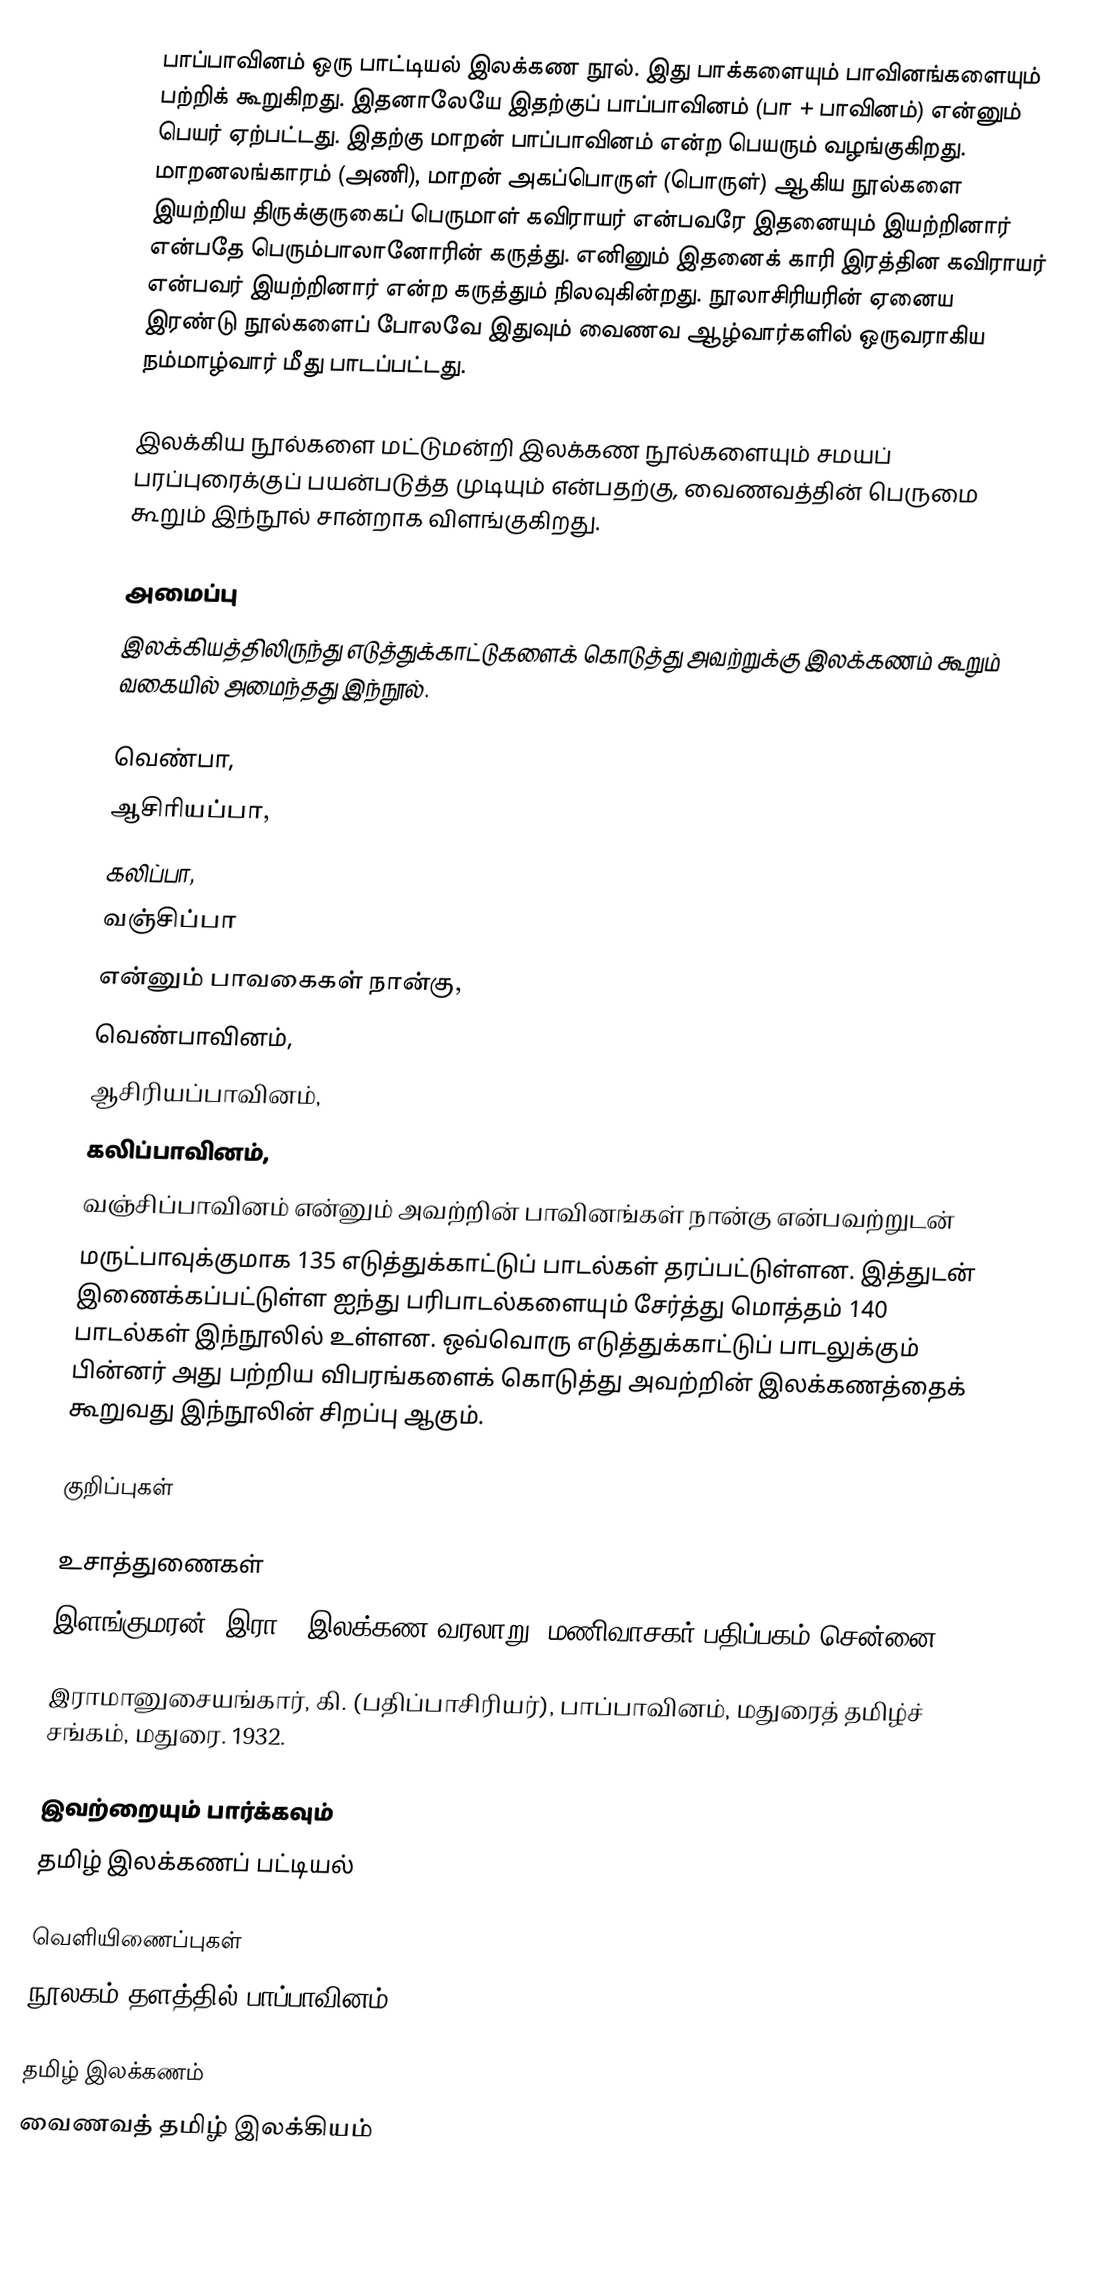
பாப்பாவினம் ஒரு பாட்டியல் இலக்கண நூல். இது பாக்களையும் பாவினங்களையும் பற்றிக் கூறுகிறது. இதனாலேயே இதற்குப் பாப்பாவினம் (பா + பாவினம்) என்னும் பெயர் ஏற்பட்டது. இதற்கு மாறன் பாப்பாவினம் என்ற பெயரும் வழங்குகிறது. மாறனலங்காரம் (அணி), மாறன் அகப்பொருள் (பொருள்) ஆகிய நூல்களை இயற்றிய திருக்குருகைப் பெருமாள் கவிராயர் என்பவரே இதனையும் இயற்றினார் என்பதே பெரும்பாலானோரின் கருத்து. எனினும் இதனைக் காரி இரத்தின கவிராயர் என்பவர் இயற்றினார் என்ற கருத்தும் நிலவுகின்றது. நூலாசிரியரின் ஏனைய இரண்டு நூல்களைப் போலவே இதுவும் வைணவ ஆழ்வார்களில் ஒருவராகிய நம்மாழ்வார் மீது பாடப்பட்டது.

இலக்கிய நூல்களை மட்டுமன்றி இலக்கண நூல்களையும் சமயப் பரப்புரைக்குப் பயன்படுத்த முடியும் என்பதற்கு, வைணவத்தின் பெருமை கூறும் இந்நூல் சான்றாக விளங்குகிறது.

அமைப்பு
இலக்கியத்திலிருந்து எடுத்துக்காட்டுகளைக் கொடுத்து அவற்றுக்கு இலக்கணம் கூறும் வகையில் அமைந்தது இந்நூல்.

 வெண்பா,
 ஆசிரியப்பா,
 கலிப்பா,
 வஞ்சிப்பா
என்னும் பாவகைகள் நான்கு,
 வெண்பாவினம்,
 ஆசிரியப்பாவினம்,
 கலிப்பாவினம்,
 வஞ்சிப்பாவினம் என்னும் அவற்றின் பாவினங்கள் நான்கு என்பவற்றுடன்
 மருட்பாவுக்குமாக 135 எடுத்துக்காட்டுப் பாடல்கள் தரப்பட்டுள்ளன. இத்துடன் இணைக்கப்பட்டுள்ள ஐந்து பரிபாடல்களையும் சேர்த்து மொத்தம் 140 பாடல்கள் இந்நூலில் உள்ளன. ஒவ்வொரு எடுத்துக்காட்டுப் பாடலுக்கும் பின்னர் அது பற்றிய விபரங்களைக் கொடுத்து அவற்றின் இலக்கணத்தைக் கூறுவது இந்நூலின் சிறப்பு ஆகும்.

குறிப்புகள்

உசாத்துணைகள்
 இளங்குமரன், இரா., இலக்கண வரலாறு, மணிவாசகர் பதிப்பகம் சென்னை, 2009.
 இராமானுசையங்கார், கி. (பதிப்பாசிரியர்), பாப்பாவினம், மதுரைத் தமிழ்ச் சங்கம், மதுரை. 1932.

இவற்றையும் பார்க்கவும்
 தமிழ் இலக்கணப் பட்டியல்

வெளியிணைப்புகள்
 நூலகம் தளத்தில் பாப்பாவினம்

தமிழ் இலக்கணம்
வைணவத் தமிழ் இலக்கியம்